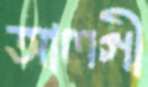
আলগী